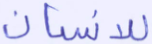
للإنسان